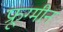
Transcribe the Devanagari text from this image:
फ्रूग्मीन